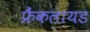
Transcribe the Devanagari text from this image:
फ्रैंकलायड